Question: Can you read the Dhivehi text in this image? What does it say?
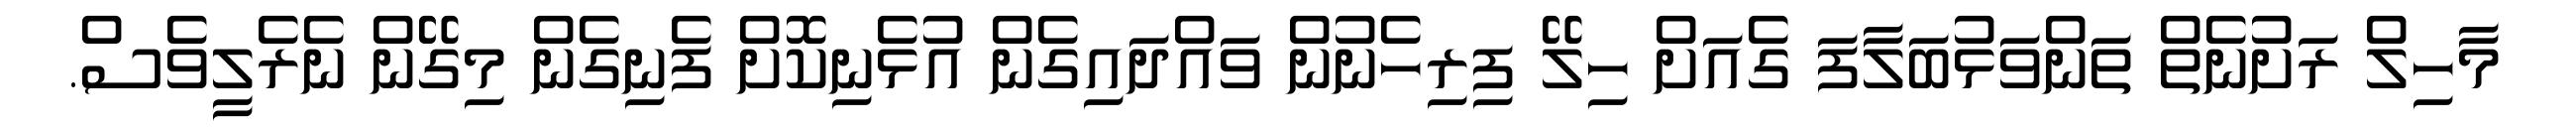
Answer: މާހިލް ރަށުނެތް ތަންވަޅުބަލާފަ ގެއަށް ހިލޭ ފިރިހެނުން ވައްދައިގެން އުޅެނިކޮށް ފެނިގެން މިގޭން ނެރެލީވެސް.